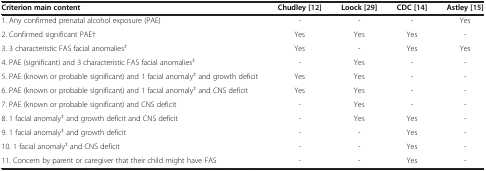
<table><thead><tr><td><b>Criterion main content</b></td><td><b>Chudley [12]</b></td><td><b>Loock [29]</b></td><td><b>CDC [14]</b></td><td><b>Astley [15]</b></td></tr></thead><tbody><tr><td>1. Any confirmed prenatal alcohol exposure (PAE)</td><td>-</td><td>-</td><td>-</td><td>Yes</td></tr><tr><td>2. Confirmed significant PAE†</td><td>Yes</td><td>Yes</td><td>Yes</td><td>-</td></tr><tr><td>3. 3 characteristic FAS facial anomalies<sup>‡</sup></td><td>Yes</td><td>-</td><td>Yes</td><td>Yes</td></tr><tr><td>4. PAE (significant) and 3 characteristic FAS facial anomalies<sup>‡</sup></td><td>-</td><td>Yes</td><td>-</td><td>-</td></tr><tr><td>5. PAE (known or probable significant) and 1 facial anomaly<sup>‡</sup> and growth deficit</td><td>Yes</td><td>Yes</td><td>-</td><td>-</td></tr><tr><td>6. PAE (known or probable significant) and 1 facial anomaly<sup>‡</sup> and CNS deficit</td><td>Yes</td><td>Yes</td><td>-</td><td>-</td></tr><tr><td>7. PAE (known or probable significant) and CNS deficit</td><td>-</td><td>Yes</td><td>-</td><td>-</td></tr><tr><td>8. 1 facial anomaly<sup>‡</sup> and growth deficit and CNS deficit</td><td>-</td><td>Yes</td><td>Yes</td><td>-</td></tr><tr><td>9. 1 facial anomaly<sup>‡</sup> and growth deficit</td><td>-</td><td>-</td><td>Yes</td><td>-</td></tr><tr><td>10. 1 facial anomaly<sup>‡</sup> and CNS deficit</td><td>-</td><td>-</td><td>Yes</td><td>-</td></tr><tr><td>11. Concern by parent or caregiver that their child might have FAS</td><td>-</td><td>-</td><td>Yes</td><td>-</td></tr></tbody></table>